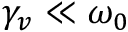
\gamma _ { v } \ll \omega _ { 0 }